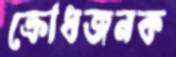
ক্রোধজনক